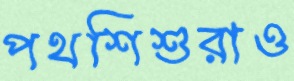
পথশিশুরাও